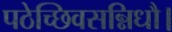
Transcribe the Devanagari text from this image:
पठेच्छिवसन्निधौ।